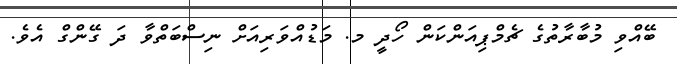
ބޭއްވި މުބާރާތުގެ ޗެމްޕިއަންކަން ހޯދީ މ. މަޑުއްވަރިއަށް ނިސްބަތްވާ ދަ ގޭންގް އެވެ.